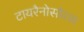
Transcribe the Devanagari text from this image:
टायरैनोसौरस